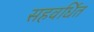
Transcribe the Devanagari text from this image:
सहवर्धित